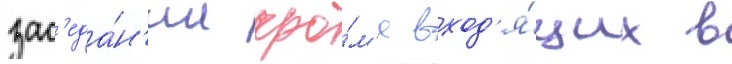
зас'еда́н'ии кро́м'е вход'я́щих в